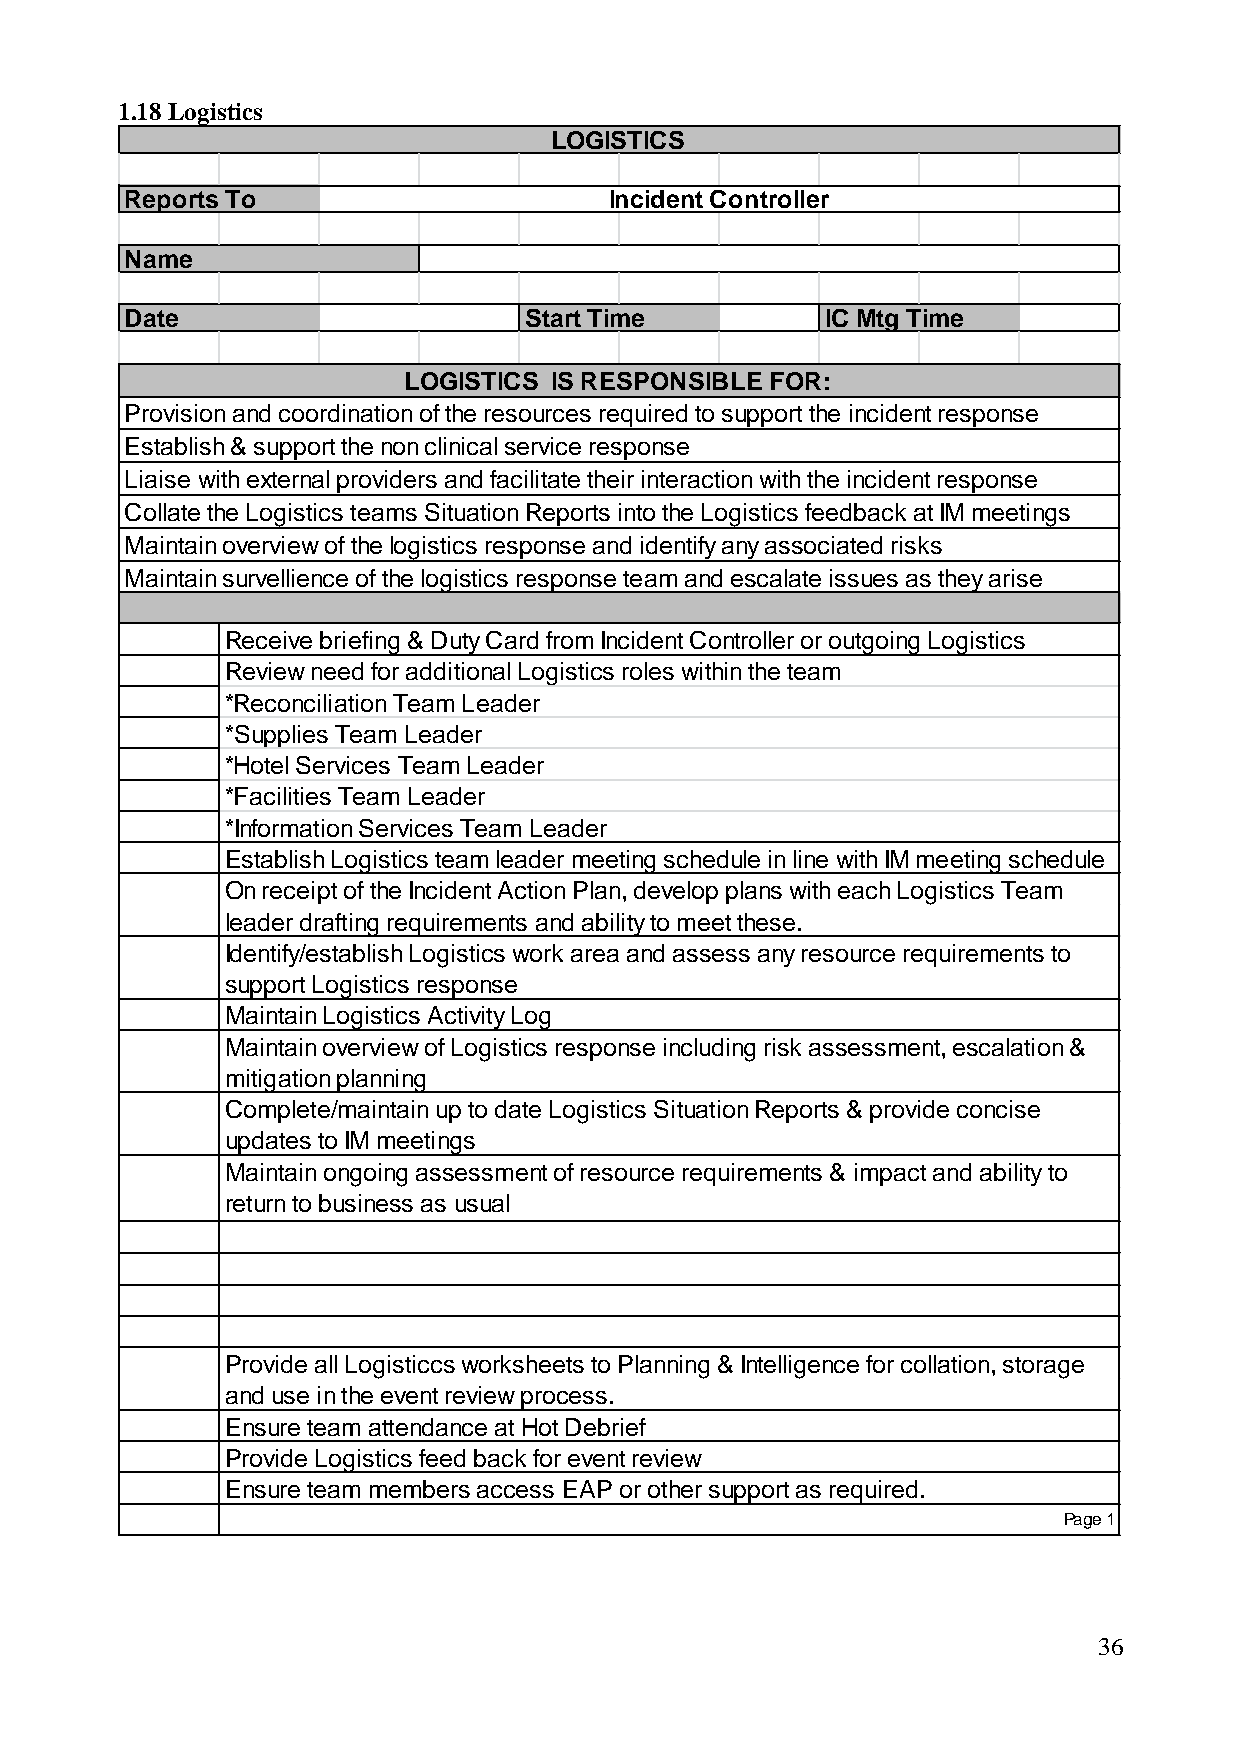
1.18 Logistics
 LOGISTICS
 Reports To                      Incident Controller
 Name
 Date                       Start Time          IC Mtg Time
 LOGISTICS IS RESPONSIBLE FOR:
 Provision and coordination of the resources required to support the incident response
 Establish & support the non clinical service response
 Liaise with external providers and facilitate their interaction with the incident response
 Collate the Logistics teams Situation Reports into the Logistics feedback at IM meetings
 Maintain overview of the logistics response and identify any associated risks
 Maintain survellience of the logistics response team and escalate issues as they arise
 Receive briefing & Duty Card from Incident Controller or outgoing Logistics
 Review need for additional Logistics roles within the team
 *Reconciliation Team Leader
 *Supplies Team Leader
 *Hotel Services Team Leader
 *Facilities Team Leader
 *Information Services Team Leader
 Establish Logistics team leader meeting schedule in line with IM meeting schedule
 On receipt of the Incident Action Plan, develop plans with each Logistics Team
 leader drafting requirements and ability to meet these.
 Identify/establish Logistics work area and assess any resource requirements to
 support Logistics response
 Maintain Logistics Activity Log
 Maintain overview of Logistics response including risk assessment, escalation &
 mitigation planning
 Complete/maintain up to date Logistics Situation Reports & provide concise
 updates to IM meetings
 Maintain ongoing assessment of resource requirements & impact and ability to
 return to business as usual
 Provide all Logisticcs worksheets to Planning & Intelligence for collation, storage
 and use in the event review process.
 Ensure team attendance at Hot Debrief
 Provide Logistics feed back for event review
 Ensure team members access EAP or other support as required.
 Page 1
 36